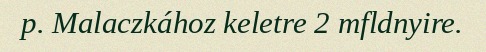
p. Malaczkához keletre 2 mfldnyire.